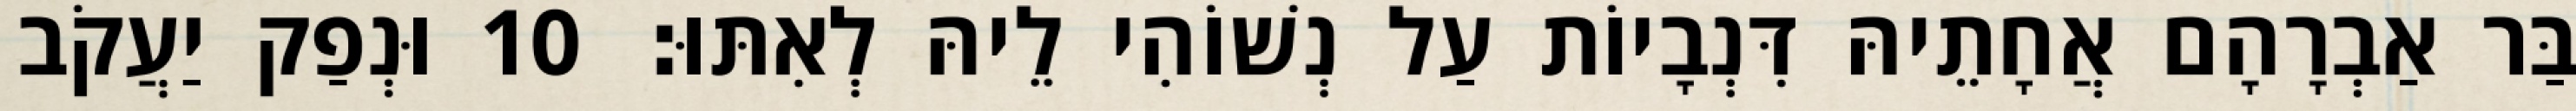
בַּר אַבְרָהָם אֲחָתֵיהּ דִּנְבָיוֹת עַל נְשׁוֹהִי לֵיהּ לְאִתּוּ׃ 10 וּנְפַק יַעֲקֹב